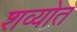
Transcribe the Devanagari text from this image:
शव्योत